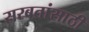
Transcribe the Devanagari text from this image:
सरबतांसाठी